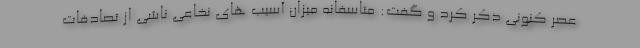
عصر کنونی ذکر کرد و گفت: متاسفانه میزان آسیب های نخاعی ناشی از تصادفات